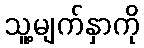
သူ့မျက်နှာကို